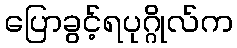
ပြောခွင့်ရပုဂ္ဂိုလ်က